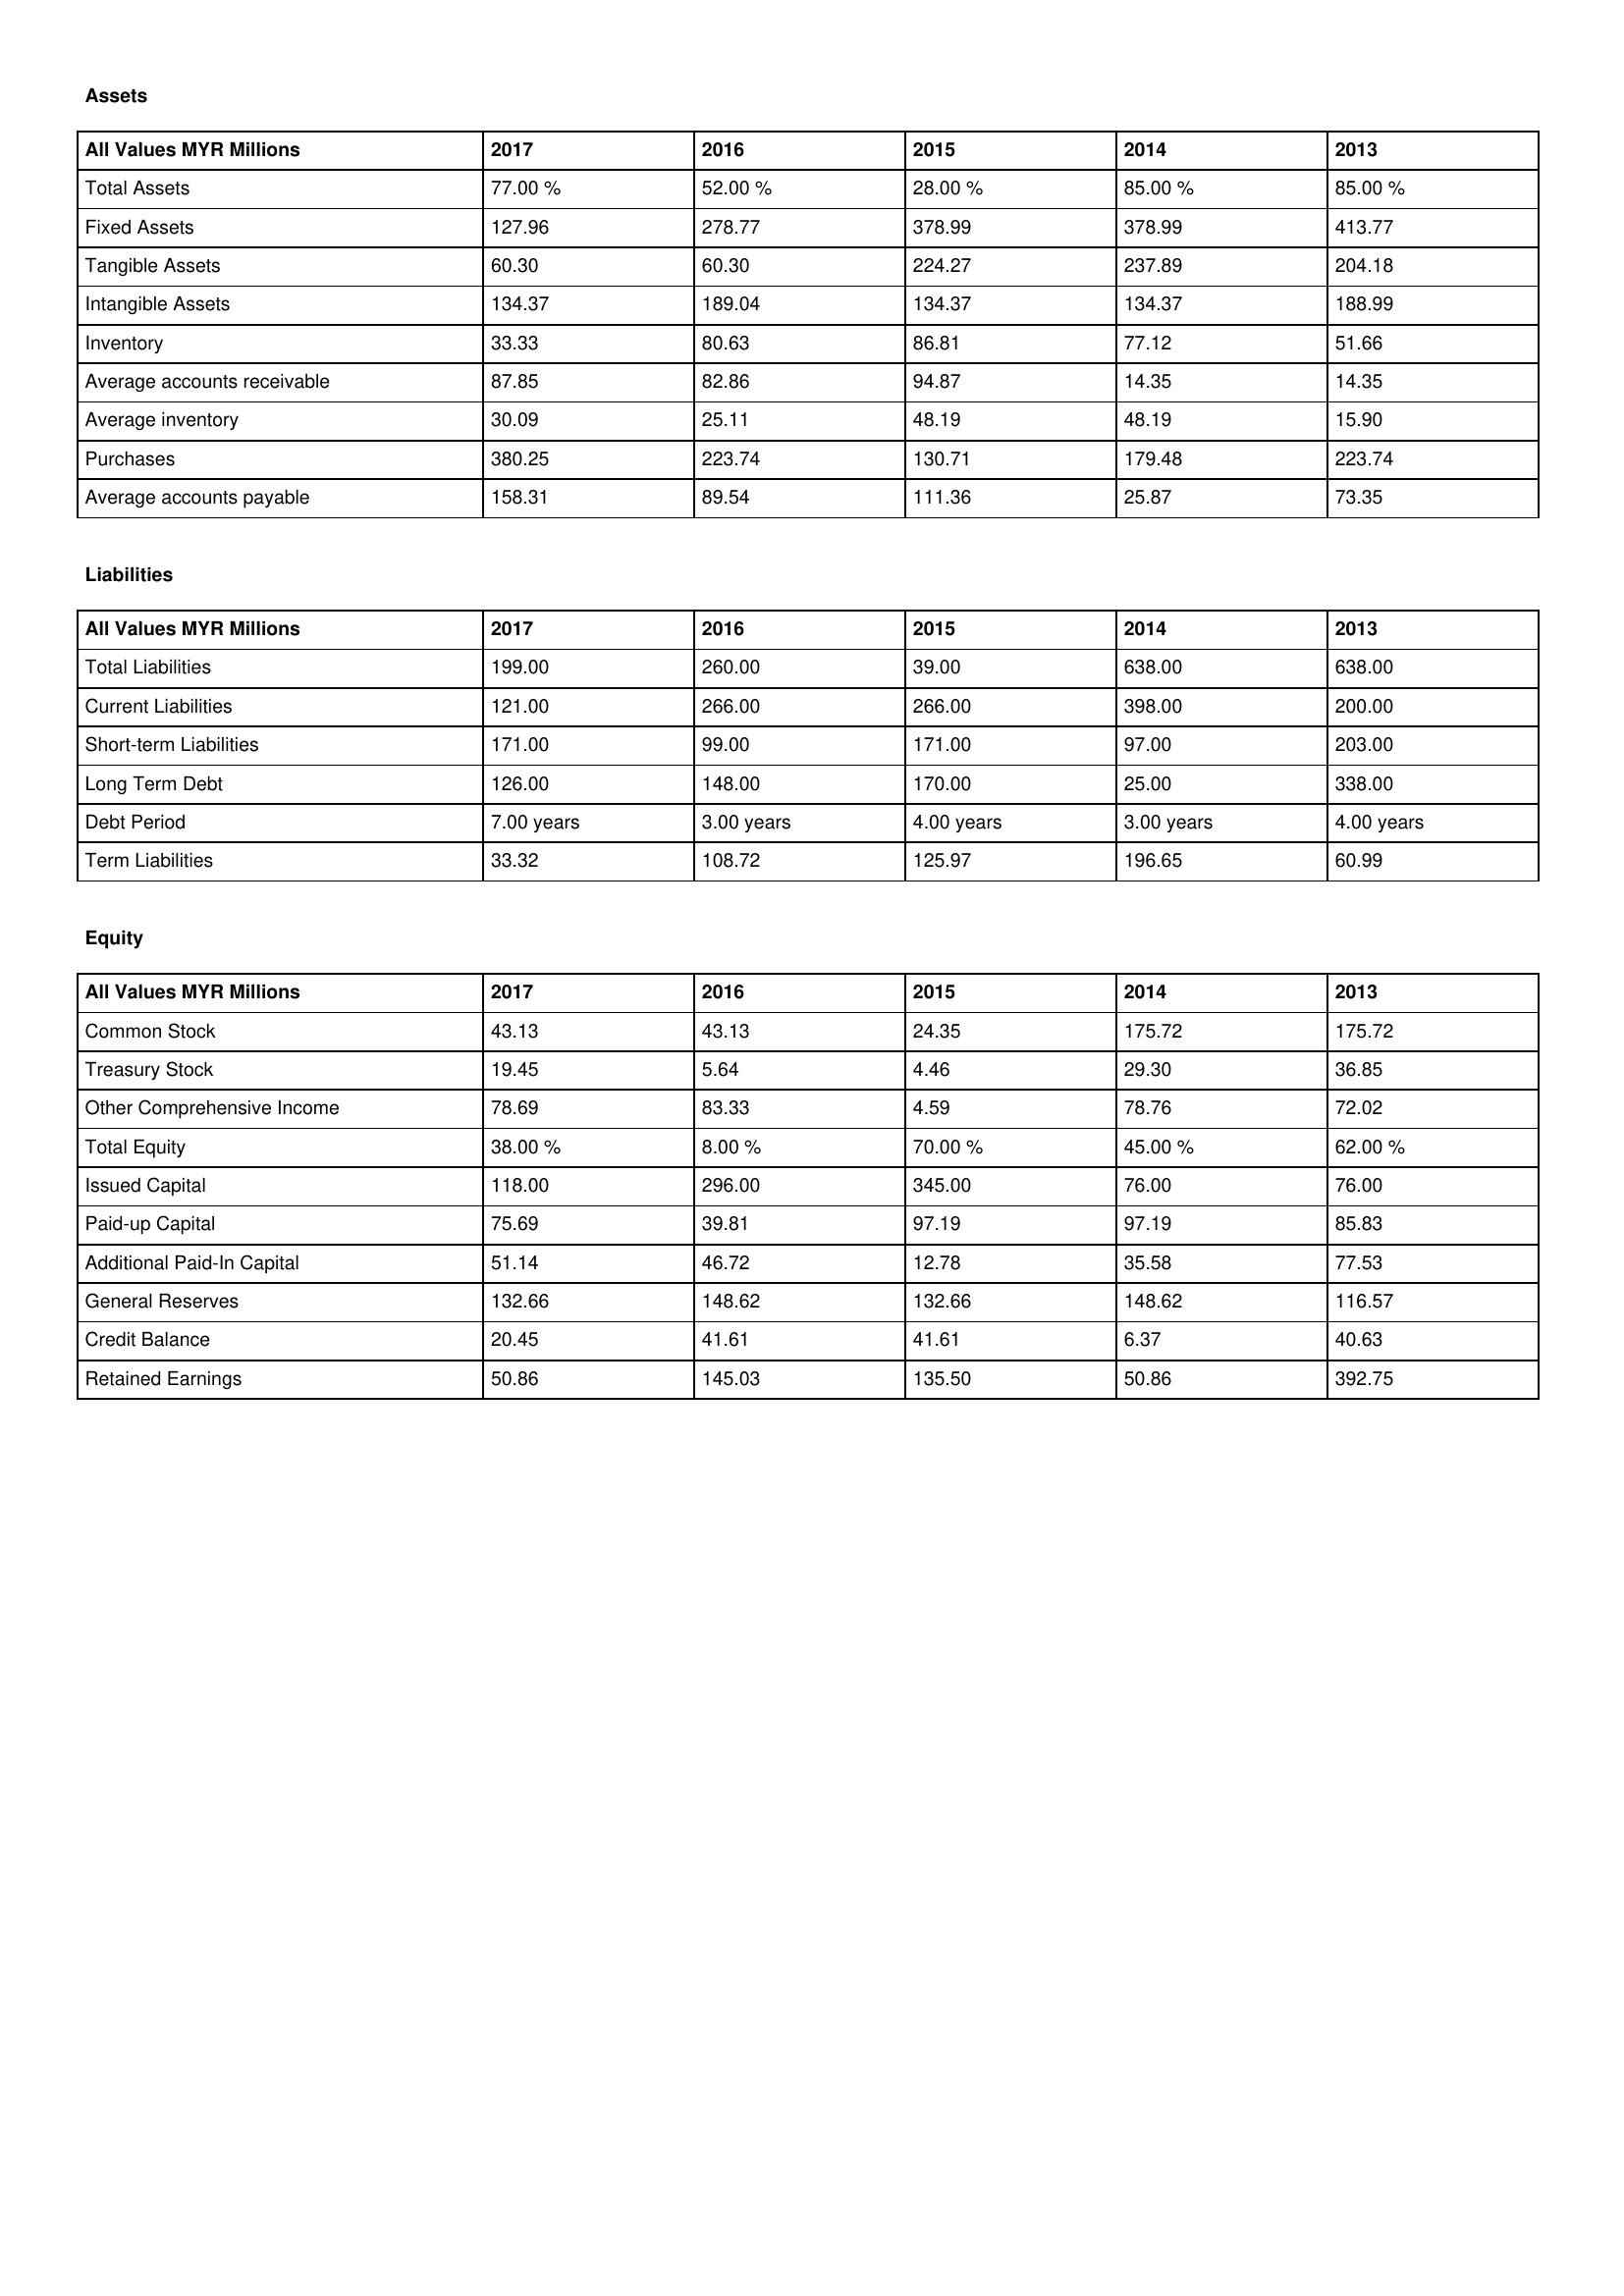
gt_parse: 2017: Assets: Total Assets: 77.00 %
Fixed Assets: 127.96
Tangible Assets: 60.30
Intangible Assets: 134.37
Inventory: 33.33
Average accounts receivable: 87.85
Average inventory: 30.09
Purchases: 380.25
Average accounts payable: 158.31
Liabilities: Total Liabilities: 199.00
Current Liabilities: 121.00
Short-term Liabilities: 171.00
Long Term Debt: 126.00
Debt Period: 7.00 years
Term Liabilities: 33.32
Equity: Common Stock: 43.13
Treasury Stock: 19.45
Other Comprehensive Income: 78.69
Total Equity: 38.00 %
Issued Capital: 118.00
Paid-up Capital: 75.69
Additional Paid-In Capital: 51.14
General Reserves: 132.66
Credit Balance: 20.45
Retained Earnings: 50.86
2016: Assets: Total Assets: 52.00 %
Fixed Assets: 278.77
Tangible Assets: 60.30
Intangible Assets: 189.04
Inventory: 80.63
Average accounts receivable: 82.86
Average inventory: 25.11
Purchases: 223.74
Average accounts payable: 89.54
Liabilities: Total Liabilities: 260.00
Current Liabilities: 266.00
Short-term Liabilities: 99.00
Long Term Debt: 148.00
Debt Period: 3.00 years
Term Liabilities: 108.72
Equity: Common Stock: 43.13
Treasury Stock: 5.64
Other Comprehensive Income: 83.33
Total Equity: 8.00 %
Issued Capital: 296.00
Paid-up Capital: 39.81
Additional Paid-In Capital: 46.72
General Reserves: 148.62
Credit Balance: 41.61
Retained Earnings: 145.03
2015: Assets: Total Assets: 28.00 %
Fixed Assets: 378.99
Tangible Assets: 224.27
Intangible Assets: 134.37
Inventory: 86.81
Average accounts receivable: 94.87
Average inventory: 48.19
Purchases: 130.71
Average accounts payable: 111.36
Liabilities: Total Liabilities: 39.00
Current Liabilities: 266.00
Short-term Liabilities: 171.00
Long Term Debt: 170.00
Debt Period: 4.00 years
Term Liabilities: 125.97
Equity: Common Stock: 24.35
Treasury Stock: 4.46
Other Comprehensive Income: 4.59
Total Equity: 70.00 %
Issued Capital: 345.00
Paid-up Capital: 97.19
Additional Paid-In Capital: 12.78
General Reserves: 132.66
Credit Balance: 41.61
Retained Earnings: 135.50
2014: Assets: Total Assets: 85.00 %
Fixed Assets: 378.99
Tangible Assets: 237.89
Intangible Assets: 134.37
Inventory: 77.12
Average accounts receivable: 14.35
Average inventory: 48.19
Purchases: 179.48
Average accounts payable: 25.87
Liabilities: Total Liabilities: 638.00
Current Liabilities: 398.00
Short-term Liabilities: 97.00
Long Term Debt: 25.00
Debt Period: 3.00 years
Term Liabilities: 196.65
Equity: Common Stock: 175.72
Treasury Stock: 29.30
Other Comprehensive Income: 78.76
Total Equity: 45.00 %
Issued Capital: 76.00
Paid-up Capital: 97.19
Additional Paid-In Capital: 35.58
General Reserves: 148.62
Credit Balance: 6.37
Retained Earnings: 50.86
2013: Assets: Total Assets: 85.00 %
Fixed Assets: 413.77
Tangible Assets: 204.18
Intangible Assets: 188.99
Inventory: 51.66
Average accounts receivable: 14.35
Average inventory: 15.90
Purchases: 223.74
Average accounts payable: 73.35
Liabilities: Total Liabilities: 638.00
Current Liabilities: 200.00
Short-term Liabilities: 203.00
Long Term Debt: 338.00
Debt Period: 4.00 years
Term Liabilities: 60.99
Equity: Common Stock: 175.72
Treasury Stock: 36.85
Other Comprehensive Income: 72.02
Total Equity: 62.00 %
Issued Capital: 76.00
Paid-up Capital: 85.83
Additional Paid-In Capital: 77.53
General Reserves: 116.57
Credit Balance: 40.63
Retained Earnings: 392.75